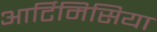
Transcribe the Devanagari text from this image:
आर्टिमिसिया